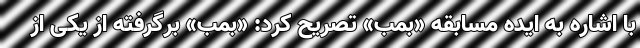
با اشاره به ایده مسابقه «بمب» تصریح کرد: «بمب» برگرفته از یکی از